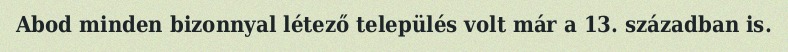
Abod minden bizonnyal létező település volt már a 13. században is.